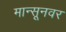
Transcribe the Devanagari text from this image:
मान्सूनवर